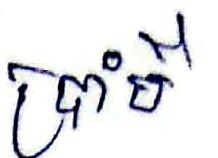
ប្រាំបី